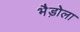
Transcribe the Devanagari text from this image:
भैड़ोला